Report of the Indian Hemp Drugs Commission, 1894-1895 - Volume III
Year: 1894
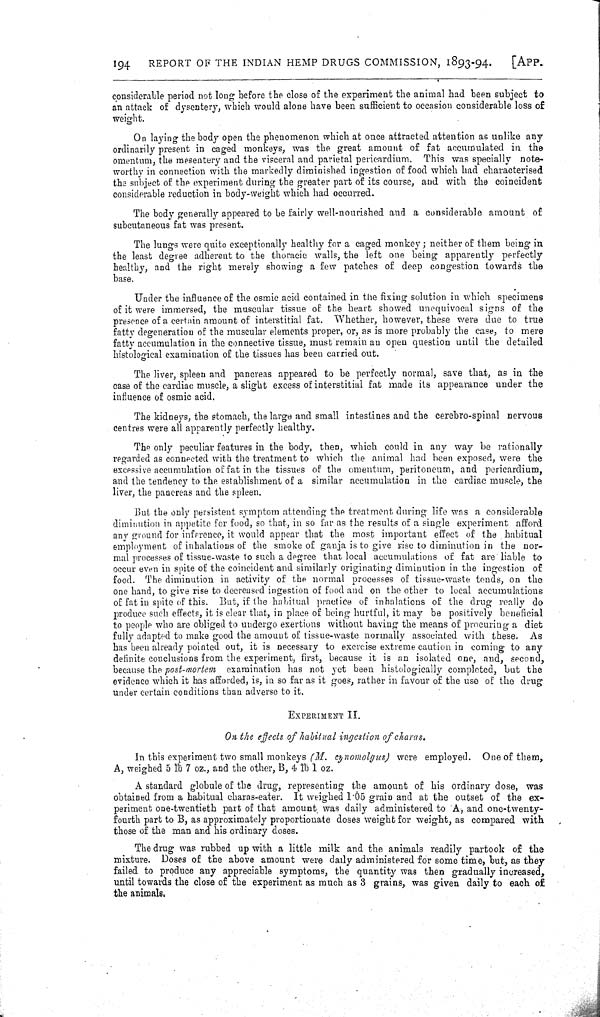
194
REPORT OF THE INDIAN HEMP DRUGS COMMISSION, 1893-94.
[APP.
considerable period not long before the close of the experiment the animal had been subject to
an attack of dysentery, which would alone have been sufficient to occasion considerable loss of
weight.
On laying the body open the phenomenon which at once attracted attention as unlike any
ordinarily present in caged monkeys, was the great amount of fat accumulated in the
omentum, the mesentery and the visceral and parietal pericardium. This was specially note-
worthy in connection with the markedly diminished ingestion of food which had characterised
the subject of the experiment during the greater part of its course, and with the coincident
considerable reduction in body-weight which had occurred.
The body generally appeared to be fairly well-nourished and a considerable amount of
subcutaneous fat was present.
The lungs were quite exceptionally healthy for a caged monkey; neither of them being in
the least degree adherent to the thoracic walls, the left one being apparently perfectly
healthy, and the right merely showing a few patches of deep congestion towards the
base.
Under the influence of the osmic acid contained in the fixing solution in which specimens
of it were immersed, the muscular tissue of the heart showed unequivocal signs of the
presence of a certain amount of interstitial fat. Whether, however, these were due to true
fatty degeneration of the muscular elements proper, or, as is more probably the case, to mere
fatty accumulation in the connective tissue, must remain an open question until the detailed
histological examination of the tissues has been carried out.
The liver, spleen and pancreas appeared to be perfectly normal, save that, as in the
case of the cardiac muscle, a slight excess of interstitial fat made its appearance under the
influence of osmic acid.
The kidneys, the stomach, the large and small intestines and the cerebro-spinal nervous
centres were all apparently perfectly healthy.
The only peculiar features in the body, then, which could in any way be rationally
regarded as connected with the treatment to which the animal had been exposed, were the
excessive accumulation of fat in the tissues of the omentum, peritoneum, and pericardium,
and the tendency to the establishment of a similar accumulation in the cardiac muscle, the
liver, the pancreas and the spleen.
But the only persistent symptom attending the treatment during life was a considerable
diminution in appetite for food, so that, in so far as the results of a single experiment afford
any ground for inference, it would appear that the most important effect of the habitual
employment of inhalations of the smoke of ganja is to give rise to diminution in the nor-
mal processes of tissue-waste to such a degree that local accumulations of fat are liable to
occur even in spite of the coincident and similarly originating diminution in the ingestion of
food. The diminution in activity of the normal processes of tissue-waste tends, on the
one hand, to give rise to decreased ingestion of food and on the other to local accumulations
of fat in spite of this. But, if the habitual practice of inhalations of the drug really do
produce such effects, it is clear that, in place of being hurtful, it may be positively beneficial
to people who are obliged to undergo exertions without having the means of procuring a diet
fully adapted to make good the amount of tissue-waste normally associated with these. As
has been already pointed out, it is necessary to exercise extreme caution in coming to any
definite conclusions from the experiment, first, because it is an isolated one, and, second,
because the post-mortem examination has not yet been histologically completed, but the
evidence which it has afforded, is, in so far as it goes, rather in favour of the use of the drug
under certain conditions than adverse to it.
EXPERIMENT II.
On the effects of habitual ingestion of charas.
In this experiment two small monkeys (M. cynomolgus) were employed. One of them,
A, weighed 5 lb 7 oz., and the other, B, 4 lb 1 oz.
A standard globule of the drug, representing the amount of his ordinary dose, was
obtained from a habitual charas-eater. It weighed 1.05 grain and at the outset of the ex-
periment one-twentieth part of that amount was daily administered to A, and one-twenty-
fourth part to B, as approximately proportionate doses weight for weight, as compared with
those of the man and his ordinary doses.
The drug was rubbed up with a little milk and the animals readily partook of the
mixture. Doses of the above amount were daily administered for some time, but, as they
failed to produce any appreciable symptoms, the quantity was then gradually increased,
until towards the close of the experiment as much as 3 grains, was given daily to each of
the animals.